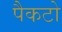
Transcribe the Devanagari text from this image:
पैकटो